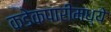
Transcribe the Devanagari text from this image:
कडेकपारीमध्ये